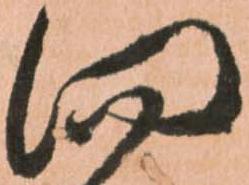
向